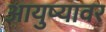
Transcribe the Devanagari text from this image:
आयुष्‍यावर